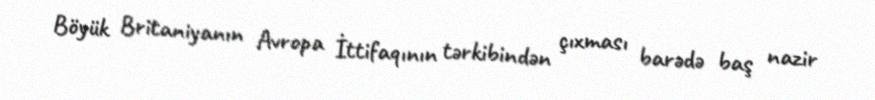
Böyük Britaniyanın Avropa İttifaqının tərkibindən çıxması barədə baş nazir